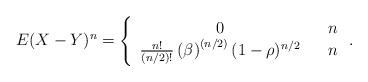
LaTeX: \begin{align*}E(X-Y)^{n}\allowbreak =\allowbreak \left\{ \begin{array}{ccc}0 & & n \\ \frac{n!}{(n/2)!}\left( \beta \right) ^{\left( n/2\right) }(1-\rho )^{n/2} & & n\end{array}\right. . \end{align*}